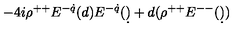
- 4 i \rho ^ { + + } E ^ { - \dot { q } } ( d ) E ^ { - \dot { q } } ( \d ) + d ( \rho ^ { + + } E ^ { -- } ( \d ) )